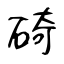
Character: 碕